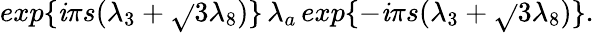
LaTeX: exp\{ {\mathit{i}{\pi}s({\lambda}_{3}+{\sqrt{}{{3}}}{\lambda}_{8})}\} \, {\lambda}_{a}\, exp\{ {-\mathit{i}{\pi}s({\lambda}_{3}+{\sqrt{}{{3}}}{\lambda}_{8})}\} .